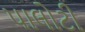
પાલોટી